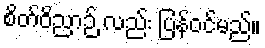
စိတ်ဝိညာဉ် လည်း ပြန်ဝင်မည်။